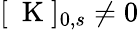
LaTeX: [\mathrm{~\mathbf~K~}]_{0,s}\neq 0